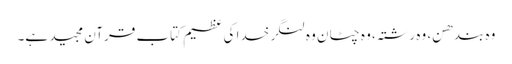
وہ بندھن، وہ رشتہ، وہ چٹان وہ لنگر خدا کی عظیم کتاب قرآن مجید ہے۔